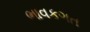
ભાવકગત